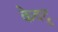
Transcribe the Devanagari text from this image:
केवटु